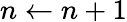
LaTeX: n\gets n+1